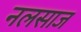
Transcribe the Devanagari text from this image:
नलसाज